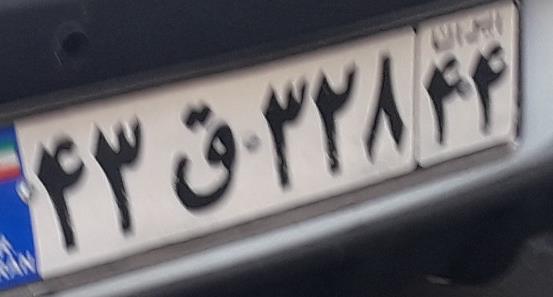
۴۳ق۳۲۸۴۴